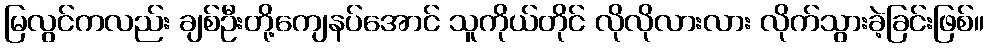
မြလွင်ကလည်း ချစ်ဦးတို့ကျေနပ်အောင် သူကိုယ်တိုင် လိုလိုလားလား လိုက်သွားခဲ့ခြင်းဖြစ်။